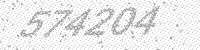
Solution: 574204